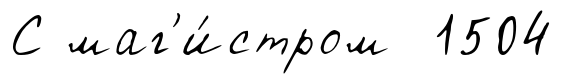
С маг'и́стром 1504